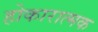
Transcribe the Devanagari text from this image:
होकारात्मक